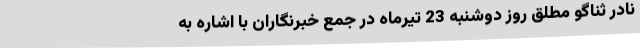
نادر ثناگو مطلق روز دوشنبه 23 تیرماه در جمع خبرنگاران با اشاره به